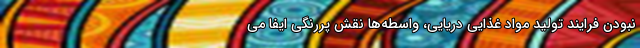
نبودن فرایند تولید مواد غذایی دریایی، واسطه‌ها نقش پررنگی ایفا می